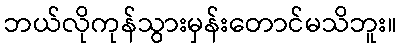
ဘယ်လိုကုန်သွားမှန်းတောင်မသိဘူး။